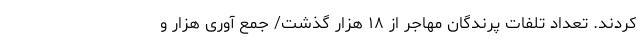
کردند. تعداد تلفات پرندگان مهاجر از ۱۸ هزار گذشت/ جمع آوری هزار و